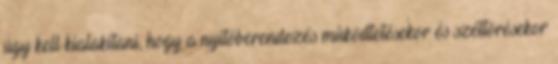
úgy kell kialakítani, hogy a nyitóberendezés mûködtetésekor és széttörésekor